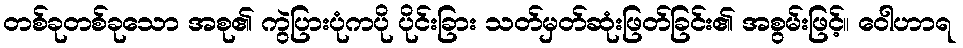
တစ်ခုတစ်ခုသော အစု၏ ကွဲပြားပုံကပို ပိုင်းခြား သတ်မှတ်ဆုံးဖြတ်ခြင်း၏ အစွမ်းဖြင့်။ ဝေါဟာရ